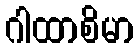
ဂါထာစိမာ